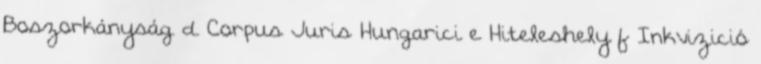
Boszorkányság d Corpus Juris Hungarici e Hiteleshely f Inkvizició